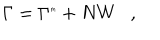
\Gamma = \Gamma ^ { \tiny { m } } + N W ,